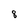
Character: 8